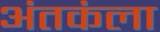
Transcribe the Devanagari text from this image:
अंतकंला